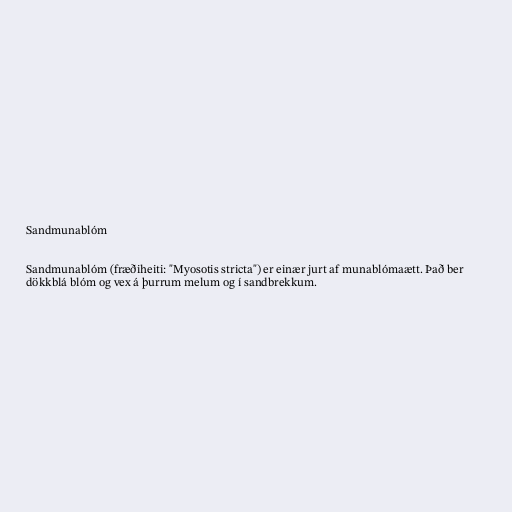
Sandmunablóm

Sandmunablóm (fræðiheiti: "Myosotis stricta") er einær jurt af munablómaætt. Það ber
dökkblá blóm og vex á þurrum melum og í sandbrekkum.